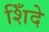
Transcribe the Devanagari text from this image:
शिँदे